Reports on dispensaries and lunatic asylums in the Province of Oudh - 1869-1876
Year: 1869
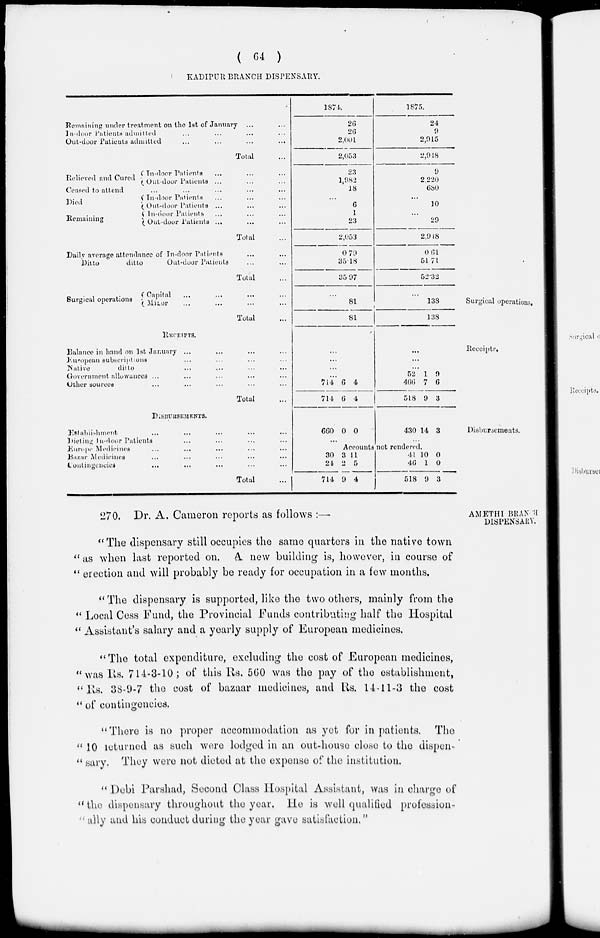
( 64 )
KADIPUR BRANCH DISPENSARY.
Remaining under treatment on the 1st of January ... ...
In-door Patients admitted ... ... ... ...
Out-door Patients admitted ... ... ... ...
Total ...
Relieved and Cured
In-door Patients
... ... ...
Out-door Patients ... ... ...
Ceased to attend ... ... ... ... ...
Died
Remaining
In-door Patients ... ... ...
Out-door Patients ... ... ...
In-door Patients ... ... ...
Out-door Patients ... ... ...
Total ...
Daily average attendance of In-door Patients ... ...
Ditto
ditto
Out-door Patients ... ...
Total ...
1874.
26
26
2,00l
2,053
23
1,982
18
...
6
1
23
2,053
0.79
35.18
35.97
1875.
24
9
2,915
2,948
9
2,220
680
...
10
...
29
2,918
0.61
51.71
52.32
Surgical operations.
Surgical operations
Capital ... ... ... ...
Minor ... ... ... ...
Total
...
81
81
...
138
138
Receipts.
RECEIPTS.
Balance in hand on 1st January ... ... ... ...
European subscriptions ... ... ... ...
Native
ditto ... ... ... ...
Government allowances ... ... ... ... ...
Other sources ... ... ... ... ...
Total ...
...
...
...
...
714
714
6
6
4
4
...
...
...
52
466
518
1
7
9
9
6
3
Disbursements.
DISBURSEMENTS.
Establishment ... ... ... ... ...
Dieting In-door Patients ... ... ... ...
Europe Medicines ... ... ... ...
Bazar Medicines ... ... ... ...
Contingencies
... ... ... ... ...
Total ...
660 0 0
...
430 14 3
...
Accounts not rendered.
30
24
714
3
2
9
11
5
4
41
46
518
10
1
9
0
0
3
AMETHI BRANCH
DISPENSARY.
270. Dr. A. Cameron reports as follows :—
"The dispensary still occupies the same quarters in the native town
"as when last reported on. A new building is, however, in course of
" erection and will probably be ready for occupation in a few months.
"The dispensary is supported, like the two others, mainly from the
" Local Cess Fund, the Provincial Funds contributing half the Hospital
" Assistant's salary and a yearly supply of European medicines.
"The total expenditure, excluding the cost of European medicines,
"was Rs. 714-3-10; of this Rs. 560 was the pay of the establishment,
"Rs. 38-9-7 the cost of bazaar medicines, and Rs. 14-11-3 the cost
" of contingencies.
"There is no proper accommodation as yet for in patients.
The
"10 returned as such were lodged in an out-house close to the dispen-
" sary. They were not dieted at the expense of the institution.
" Debi Parshad, Second Class Hospital Assistant, was in charge of
"the dispensary throughout the year. He is well qualified profession-
" ally and his conduct during the year gave satisfaction."